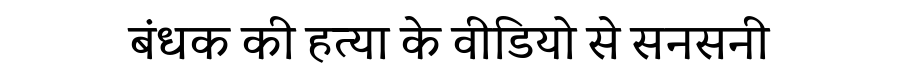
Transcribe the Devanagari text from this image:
बंधक की हत्या के वीडियो से सनसनी